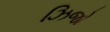
ઝિજો